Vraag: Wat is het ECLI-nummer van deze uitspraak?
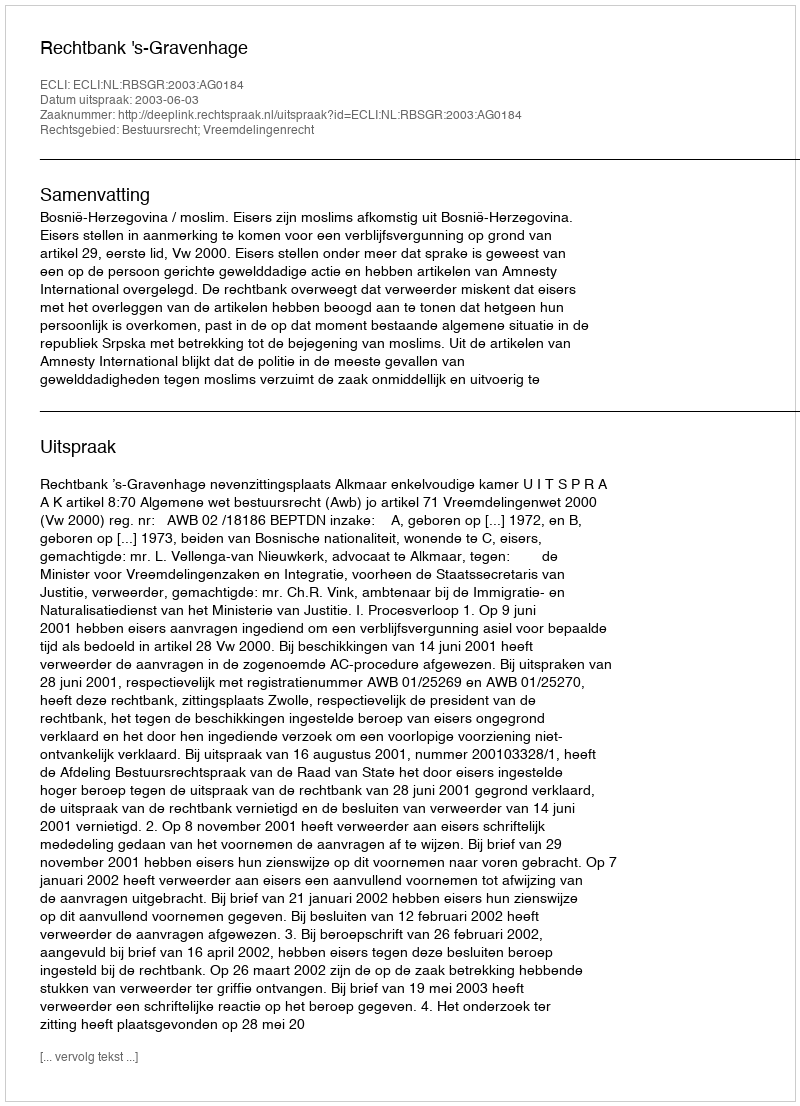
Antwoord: ECLI:NL:RBSGR:2003:AG0184